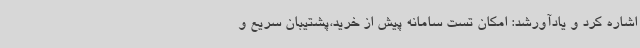
اشاره کرد و یادآورشد: امکان تست سامانه پیش از خرید،پشتیبان سریع و